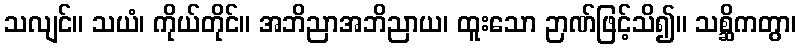
သလျင်။ သယံ၊ ကိုယ်တိုင်။ အဘိညာအဘိညာယ၊ ထူးသော ဉာဏ်ဖြင့်သိ၍။ သစ္ဆိကတွာ၊